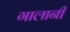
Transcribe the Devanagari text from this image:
गालानी